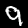
Digit: 9